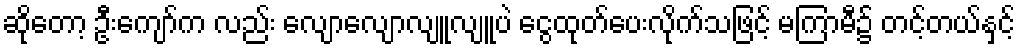
ဆိုတော့ ဦးကျော်က လည်း လျောလျောလျူလျူပဲ ငွေထုတ်ပေးလိုက်သဖြင့် မကြာမီ၌ တင့်တယ်နှင့်